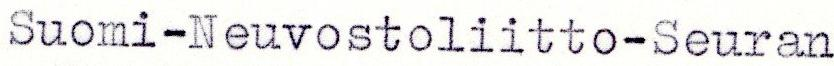
Suomi-Neuvostoliitto-Seuran